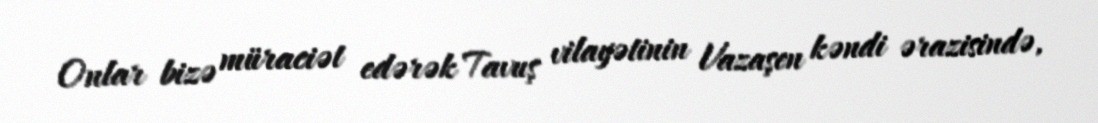
Onlar bizə müraciət edərək Tavuş vilayətinin Vazaşen kəndi ərazisində,